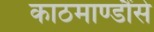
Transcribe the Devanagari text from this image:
काठमाण्डौंसे